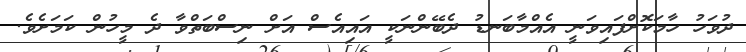
ދުވަހު ހާމަކޮށްފައިވަނީ އެއްމާބަނޑު ދެބޭންނަކީ އައިއެސް އަށް ނިސްބަތްވާ ދެ މީހުން ކަމަށެވެ.